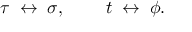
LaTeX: \tau \; \leftrightarrow \; \sigma , \; \; \; \; \; \; \; \; t \; \leftrightarrow \; \phi .